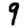
Digit: 9